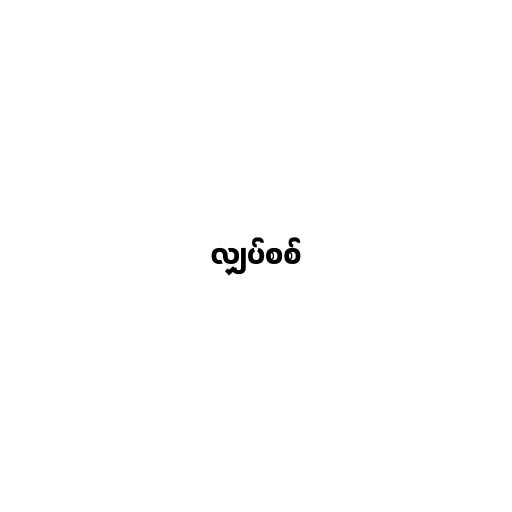
လျှပ်စစ်